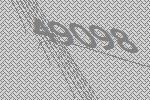
49098